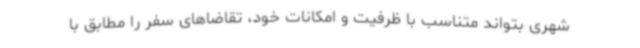
شهری بتواند متناسب با ظرفیت و امکانات خود، تقاضاهای سفر را مطابق با